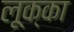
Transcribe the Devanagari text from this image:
लूक्का